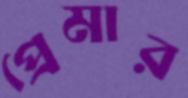
প্রেমার